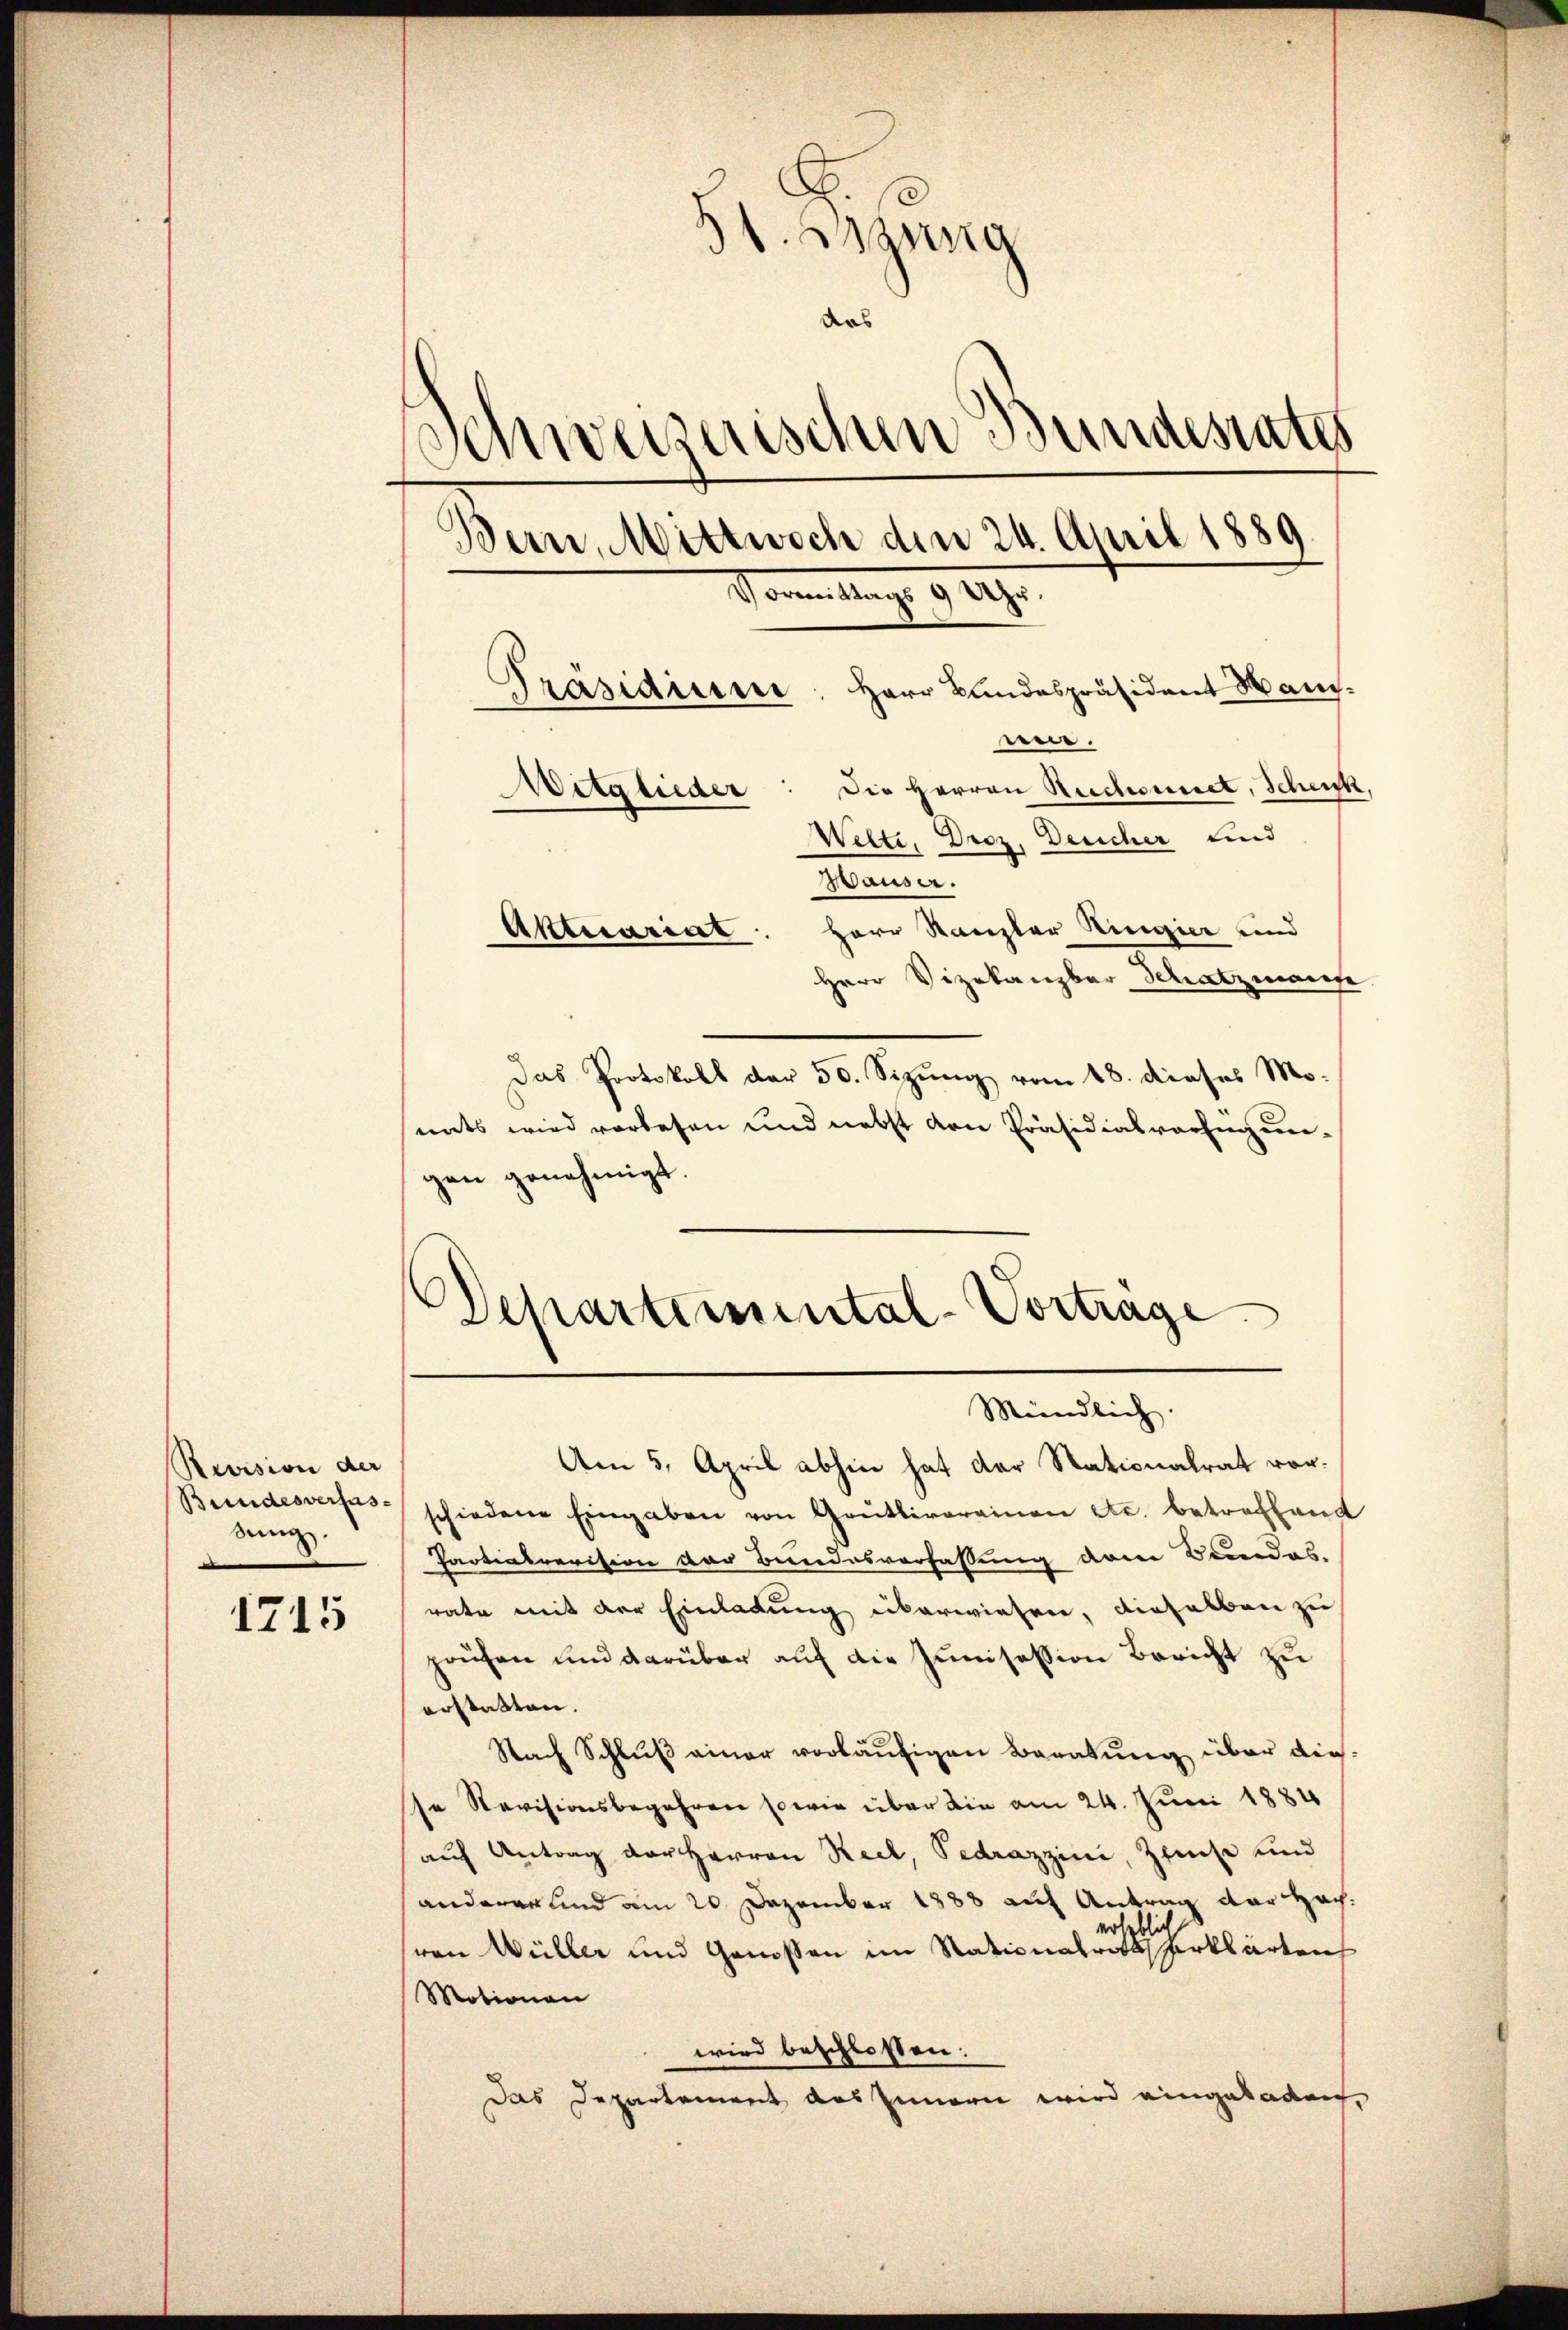
Revision der
dung.

1715

31. Bzung
das
Schweizerischen Bundesrates
Bern, Mittwoch den 24. April 1889
Vorem Mag. 9. 29.
Herr Bundespräsident Haus¬
Präsidium
wer.
a
Die Herren Reichnet, Schen,
Mitglieder
Welti, Droz. Deucher und
Hauser.
Herr Kanzler Ringier und
Aktuariat

Herr Vizekanzbar Schatzmanne.
Das Protokoll der 50. Sizŭng vom 18. dieses Mo-
nats wird verlesen und nebst den Präsidialverfügungen genehmigt.

Am 5. April abhin hat der Stationalrat vor.
Bundesverfes schiedene Eingaben von Grütlivereinen etc. betreffend
Partialrevision der Bundesverfassung dem Bundes.
rate mit der Einladung überwiesen, dieselben zu
prüfen und darüber auf die Junisession Bericht zu
erstatten.
Nach Schluß einer vorläufigen Beratung über diesse Revisionsbegehren sowie über die am 24. Juni 1884
auf Antrag der Herren Reck, Pedrazzini Zinse und
anderer und am 20 Dezember 1888 auf Antrag der Hocherheblich
von Wüller und Genossen im Stationalrathserklärten
Motionen
wird beschlossen:
Das Departement aus Innern wird eingeladen,

Schartemental-Vortrage
Mündlich.